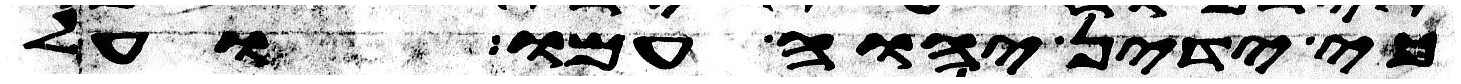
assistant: כי ידין יהוה עמו ועל